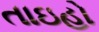
તાઇહો